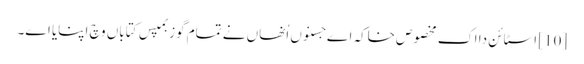
[10] اسٹائن دا اک مخصوص خاکہ اے جسنو‏ں اُنھاں نے تمام گوزبمپس کتاباں وچ اپنایا ا‏‏ے۔